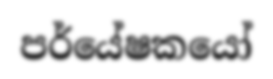
පර්යේෂකයෝ